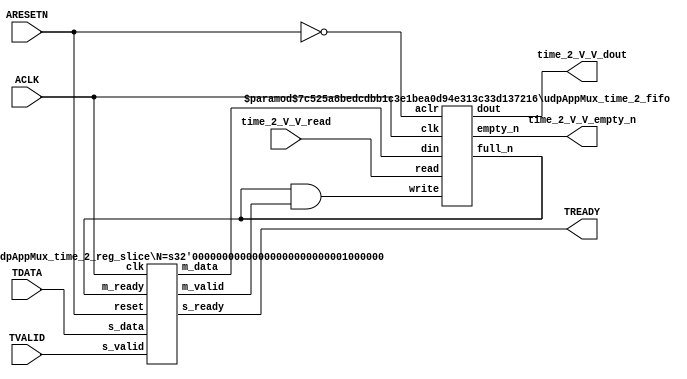
// ==============================================================
// File generated by Vivado(TM) HLS - High-Level Synthesis from C, C++ and SystemC
// Version: 2016.3
// Copyright (C) 1986-2016 Xilinx, Inc. All Rights Reserved.
// 
// ==============================================================


`timescale 1ns/1ps

module udpAppMux_time_2_if (
    // AXI4-Stream singals
    input  wire        ACLK,
    input  wire        ARESETN,
    input  wire        TVALID,
    output wire        TREADY,
    input  wire [63:0] TDATA,
    // User signals
    output wire [63:0] time_2_V_V_dout,
    output wire        time_2_V_V_empty_n,
    input  wire        time_2_V_V_read
);
//------------------------Local signal-------------------
// FIFO
wire [0:0]  fifo_write;
wire [0:0]  fifo_full_n;
wire [63:0] time_2_V_V_din;
wire [0:0]  time_2_V_V_full_n;
// register slice
wire [0:0]  s_valid;
wire [0:0]  s_ready;
wire [63:0] s_data;
wire [0:0]  m_valid;
wire [0:0]  m_ready;
wire [63:0] m_data;

//------------------------Instantiation------------------
// rs
udpAppMux_time_2_reg_slice #(
    .N       ( 64 )
) rs (
    .clk     ( ACLK ),
    .reset   ( ARESETN ),
    .s_data  ( s_data ),
    .s_valid ( s_valid ),
    .s_ready ( s_ready ),
    .m_data  ( m_data ),
    .m_valid ( m_valid ),
    .m_ready ( m_ready )
);

// time_2_V_V_fifo
udpAppMux_time_2_fifo #(
    .DATA_BITS  ( 64 ),
    .DEPTH_BITS ( 4 )
) time_2_V_V_fifo (
    .clk        ( ACLK ),
    .aclr       ( ~ARESETN ),
    .empty_n    ( time_2_V_V_empty_n ),
    .full_n     ( time_2_V_V_full_n ),
    .read       ( time_2_V_V_read ),
    .write      ( fifo_write ),
    .dout       ( time_2_V_V_dout ),
    .din        ( time_2_V_V_din )
);

//------------------------Body---------------------------
//++++++++++++++++++++++++AXI4-Stream++++++++++++++++++++
assign TREADY = s_ready;

//+++++++++++++++++++++++++++++++++++++++++++++++++++++++

//++++++++++++++++++++++++Reigister Slice++++++++++++++++
assign s_valid = TVALID;
assign m_ready = fifo_full_n;
assign s_data  = {TDATA[63:0]};

//+++++++++++++++++++++++++++++++++++++++++++++++++++++++

//++++++++++++++++++++++++FIFO+++++++++++++++++++++++++++
assign fifo_write     = fifo_full_n & m_valid;
assign time_2_V_V_din = m_data[63:0];
assign fifo_full_n    = time_2_V_V_full_n;

//+++++++++++++++++++++++++++++++++++++++++++++++++++++++

endmodule



`timescale 1ns/1ps

module udpAppMux_time_2_fifo
#(parameter
    DATA_BITS  = 8,
    DEPTH_BITS = 4
)(
    input  wire                 clk,
    input  wire                 aclr,
    output wire                 empty_n,
    output wire                 full_n,
    input  wire                 read,
    input  wire                 write,
    output wire [DATA_BITS-1:0] dout,
    input  wire [DATA_BITS-1:0] din
);
//------------------------Parameter----------------------
localparam
    DEPTH = 1 << DEPTH_BITS;
//------------------------Local signal-------------------
reg                   empty;
reg                   full;
reg  [DEPTH_BITS-1:0] index;
reg  [DATA_BITS-1:0]  mem[0:DEPTH-1];
//------------------------Body---------------------------
assign empty_n = ~empty;
assign full_n  = ~full;
assign dout    = mem[index];

// empty
always @(posedge clk or posedge aclr) begin
    if (aclr)
        empty <= 1'b1;
    else if (empty & write & ~read)
        empty <= 1'b0;
    else if (~empty & ~write & read & (index==1'b0))
        empty <= 1'b1;
end

// full
always @(posedge clk or posedge aclr) begin
    if (aclr)
        full <= 1'b0;
    else if (full & read & ~write)
        full <= 1'b0;
    else if (~full & ~read & write & (index==DEPTH-2'd2))
        full <= 1'b1;
end

// index
always @(posedge clk or posedge aclr) begin
    if (aclr)
        index <= {DEPTH_BITS{1'b1}};
    else if (~empty & ~write & read)
        index <= index - 1'b1;
    else if (~full & ~read & write)
        index <= index + 1'b1;
end

// mem
always @(posedge clk) begin
    if (~full & write) mem[0] <= din;
end

genvar i;
generate
    for (i = 1; i < DEPTH; i = i + 1) begin : gen_sr
        always @(posedge clk) begin
            if (~full & write) mem[i] <= mem[i-1];
        end
    end
endgenerate

endmodule

`timescale 1ns/1ps

module udpAppMux_time_2_reg_slice
#(parameter
    N = 8   // data width
) (
    // system signals
    input  wire         clk,
    input  wire         reset,
    // slave side
    input  wire [N-1:0] s_data,
    input  wire         s_valid,
    output wire         s_ready,
    // master side
    output wire [N-1:0] m_data,
    output wire         m_valid,
    input  wire         m_ready
);
//------------------------Parameter----------------------
// state
localparam [1:0]
    ZERO = 2'b10,
    ONE  = 2'b11,
    TWO  = 2'b01;
//------------------------Local signal-------------------
reg  [N-1:0] data_p1;
reg  [N-1:0] data_p2;
wire         load_p1;
wire         load_p2;
wire         load_p1_from_p2;
reg          s_ready_t;
reg  [1:0]   state;
reg  [1:0]   next;
//------------------------Body---------------------------
assign s_ready = s_ready_t;
assign m_data  = data_p1;
assign m_valid = state[0];

assign load_p1 = (state == ZERO && s_valid) ||
                 (state == ONE && s_valid && m_ready) ||
                 (state == TWO && m_ready);
assign load_p2 = s_valid & s_ready;
assign load_p1_from_p2 = (state == TWO);

// data_p1
always @(posedge clk) begin
    if (load_p1) begin
        if (load_p1_from_p2)
            data_p1 <= data_p2;
        else
            data_p1 <= s_data;
    end
end

// data_p2
always @(posedge clk) begin
    if (load_p2) data_p2 <= s_data;
end

// s_ready_t
always @(posedge clk) begin
    if (~reset)
        s_ready_t <= 1'b0;
    else if (state == ZERO)
        s_ready_t <= 1'b1;
    else if (state == ONE && next == TWO)
        s_ready_t <= 1'b0;
    else if (state == TWO && next == ONE)
        s_ready_t <= 1'b1;
end

// state
always @(posedge clk) begin
    if (~reset)
        state <= ZERO;
    else
        state <= next;
end

// next
always @(*) begin
    case (state)
        ZERO:
            if (s_valid & s_ready)
                next = ONE;
            else
                next = ZERO;
        ONE:
            if (~s_valid & m_ready)
                next = ZERO;
            else if (s_valid & ~m_ready)
                next = TWO;
            else
                next = ONE;
        TWO:
            if (m_ready)
                next = ONE;
            else
                next = TWO;
        default:
            next = ZERO;
    endcase
end

endmodule